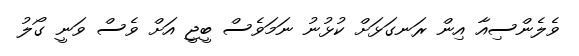
ވެލެންސިއާ އިން ރަނގަޅަށް ކުޅުނު ނަމަވެސް ބީޖީ އަށް ވެސް ވަނީ ގޯލު